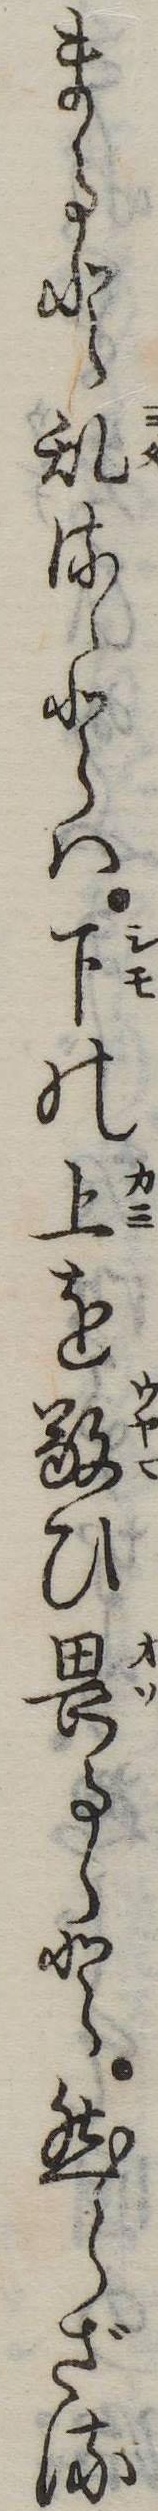
まると乱るゝとは下の上を敬ひ畏るゝと然らざる